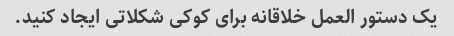
یک دستور العمل خلاقانه برای کوکی شکلاتی ایجاد کنید.